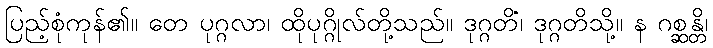
ပြည့်စုံကုန်၏။ တေ ပုဂ္ဂလာ၊ ထိုပုဂ္ဂိုလ်တို့သည်။ ဒုဂ္ဂတိံ၊ ဒုဂ္ဂတိသို့။ န ဂစ္ဆန္တိ၊